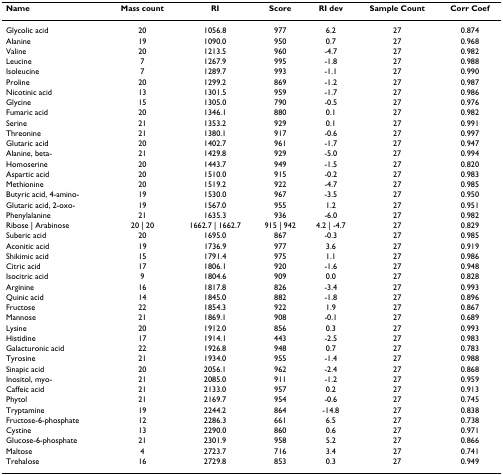
<table><thead><tr><td><b>Name</b></td><td><b>Mass count</b></td><td><b>RI</b></td><td><b>Score</b></td><td><b>RI dev</b></td><td><b>Sample Count</b></td><td><b>Corr Coef</b></td></tr></thead><tbody><tr><td>Glycolic acid</td><td>20</td><td>1056.8</td><td>977</td><td>6.2</td><td>27</td><td>0.874</td></tr><tr><td>Alanine</td><td>19</td><td>1090.0</td><td>950</td><td>0.7</td><td>27</td><td>0.968</td></tr><tr><td>Valine</td><td>20</td><td>1213.5</td><td>960</td><td>-4.7</td><td>27</td><td>0.982</td></tr><tr><td>Leucine</td><td>7</td><td>1267.9</td><td>995</td><td>-1.8</td><td>27</td><td>0.988</td></tr><tr><td>Isoleucine</td><td>7</td><td>1289.7</td><td>993</td><td>-1.1</td><td>27</td><td>0.990</td></tr><tr><td>Proline</td><td>20</td><td>1299.2</td><td>869</td><td>-1.2</td><td>27</td><td>0.987</td></tr><tr><td>Nicotinic acid</td><td>13</td><td>1301.5</td><td>959</td><td>-1.7</td><td>27</td><td>0.986</td></tr><tr><td>Glycine</td><td>15</td><td>1305.0</td><td>790</td><td>-0.5</td><td>27</td><td>0.976</td></tr><tr><td>Fumaric acid</td><td>20</td><td>1346.1</td><td>880</td><td>0.1</td><td>27</td><td>0.982</td></tr><tr><td>Serine</td><td>21</td><td>1353.2</td><td>929</td><td>0.1</td><td>27</td><td>0.991</td></tr><tr><td>Threonine</td><td>21</td><td>1380.1</td><td>917</td><td>-0.6</td><td>27</td><td>0.997</td></tr><tr><td>Glutaric acid</td><td>20</td><td>1402.7</td><td>961</td><td>-1.7</td><td>27</td><td>0.947</td></tr><tr><td>Alanine, beta-</td><td>21</td><td>1429.8</td><td>929</td><td>-5.0</td><td>27</td><td>0.994</td></tr><tr><td>Homoserine</td><td>20</td><td>1443.7</td><td>949</td><td>-1.5</td><td>27</td><td>0.820</td></tr><tr><td>Aspartic acid</td><td>20</td><td>1510.0</td><td>915</td><td>-0.2</td><td>27</td><td>0.983</td></tr><tr><td>Methionine</td><td>20</td><td>1519.2</td><td>922</td><td>-4.7</td><td>27</td><td>0.985</td></tr><tr><td>Butyric acid, 4-amino-</td><td>19</td><td>1530.0</td><td>967</td><td>-3.5</td><td>27</td><td>0.950</td></tr><tr><td>Glutaric acid, 2-oxo-</td><td>19</td><td>1567.0</td><td>955</td><td>1.2</td><td>27</td><td>0.951</td></tr><tr><td>Phenylalanine</td><td>21</td><td>1635.3</td><td>936</td><td>-6.0</td><td>27</td><td>0.982</td></tr><tr><td>Ribose | Arabinose</td><td>20 | 20</td><td>1662.7 | 1662.7</td><td>915 | 942</td><td>4.2 | -4.7</td><td>27</td><td>0.829</td></tr><tr><td>Suberic acid</td><td>20</td><td>1695.0</td><td>867</td><td>-0.3</td><td>27</td><td>0.985</td></tr><tr><td>Aconitic acid</td><td>19</td><td>1736.9</td><td>977</td><td>3.6</td><td>27</td><td>0.919</td></tr><tr><td>Shikimic acid</td><td>15</td><td>1791.4</td><td>975</td><td>1.1</td><td>27</td><td>0.986</td></tr><tr><td>Citric acid</td><td>17</td><td>1806.1</td><td>920</td><td>-1.6</td><td>27</td><td>0.948</td></tr><tr><td>Isocitric acid</td><td>9</td><td>1804.6</td><td>909</td><td>0.0</td><td>27</td><td>0.828</td></tr><tr><td>Arginine</td><td>16</td><td>1817.8</td><td>826</td><td>-3.4</td><td>27</td><td>0.993</td></tr><tr><td>Quinic acid</td><td>14</td><td>1845.0</td><td>882</td><td>-1.8</td><td>27</td><td>0.896</td></tr><tr><td>Fructose</td><td>22</td><td>1854.3</td><td>922</td><td>1.9</td><td>27</td><td>0.867</td></tr><tr><td>Mannose</td><td>21</td><td>1869.1</td><td>908</td><td>-0.1</td><td>27</td><td>0.689</td></tr><tr><td>Lysine</td><td>20</td><td>1912.0</td><td>856</td><td>0.3</td><td>27</td><td>0.993</td></tr><tr><td>Histidine</td><td>17</td><td>1914.1</td><td>443</td><td>-2.5</td><td>27</td><td>0.983</td></tr><tr><td>Galacturonic acid</td><td>22</td><td>1926.8</td><td>948</td><td>0.7</td><td>27</td><td>0.783</td></tr><tr><td>Tyrosine</td><td>21</td><td>1934.0</td><td>955</td><td>-1.4</td><td>27</td><td>0.988</td></tr><tr><td>Sinapic acid</td><td>20</td><td>2056.1</td><td>962</td><td>-2.4</td><td>27</td><td>0.868</td></tr><tr><td>Inositol, myo-</td><td>21</td><td>2085.0</td><td>911</td><td>-1.2</td><td>27</td><td>0.959</td></tr><tr><td>Caffeic acid</td><td>21</td><td>2133.0</td><td>957</td><td>0.2</td><td>27</td><td>0.913</td></tr><tr><td>Phytol</td><td>21</td><td>2169.7</td><td>954</td><td>-0.6</td><td>27</td><td>0.745</td></tr><tr><td>Tryptamine</td><td>19</td><td>2244.2</td><td>864</td><td>-14.8</td><td>27</td><td>0.838</td></tr><tr><td>Fructose-6-phosphate</td><td>12</td><td>2286.3</td><td>661</td><td>6.5</td><td>27</td><td>0.738</td></tr><tr><td>Cystine</td><td>13</td><td>2290.0</td><td>860</td><td>0.6</td><td>27</td><td>0.971</td></tr><tr><td>Glucose-6-phosphate</td><td>21</td><td>2301.9</td><td>958</td><td>5.2</td><td>27</td><td>0.866</td></tr><tr><td>Maltose</td><td>4</td><td>2723.7</td><td>716</td><td>3.4</td><td>27</td><td>0.741</td></tr><tr><td>Trehalose</td><td>16</td><td>2729.8</td><td>853</td><td>0.3</td><td>27</td><td>0.949</td></tr></tbody></table>